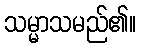
သမ္မာသမည်၏။